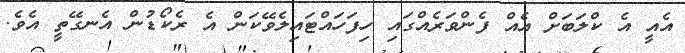
އެއީ އެ ކްލަބަށް އެއް ފެންވަރެއްގައި ހިފަހައްޓައިލެވޭކަން އެ ރެކޯޑުން އެނގޭތީ އެވެ.